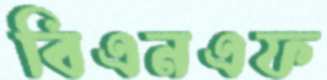
বিএনএফ